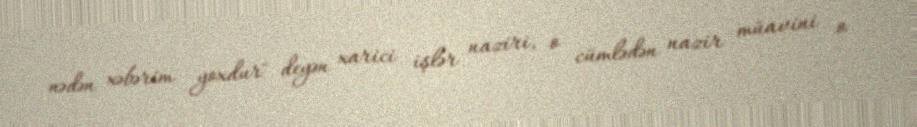
nədən xəbərim yoxdur" deyən xarici işlər naziri, o cümlədən nazir müavini o